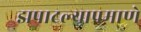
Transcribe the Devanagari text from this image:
झपाटल्याप्रमाणे